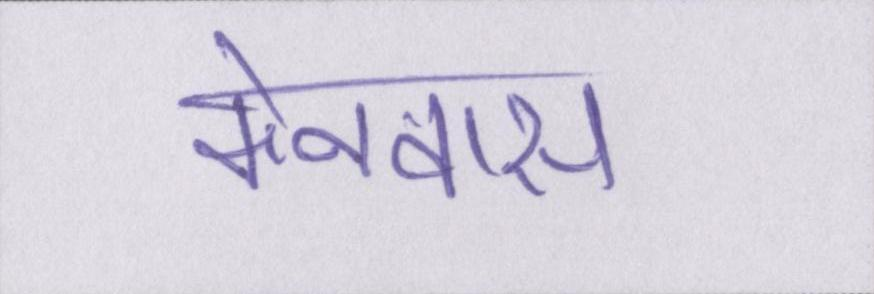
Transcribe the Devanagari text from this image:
केनवास